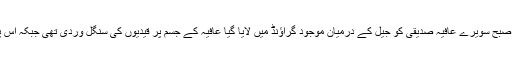
جنوری کی سخت سردی میں ایک دن صبح سویرے عافیہ صدیقی کو جیل کے درمیان موجود گراؤنڈ میں لایا گیا عافیہ کے جسم پر قیدیوں کی سنگل وردی تھی جبکہ اس پاؤں ننگے تھے، جن میں زنجیر تھیں۔